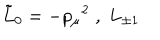
LaTeX: \tilde { L } _ { 0 } = - { p _ { \mu } } ^ { 2 } \; , \; L _ { \pm 1 }